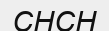
СНСН